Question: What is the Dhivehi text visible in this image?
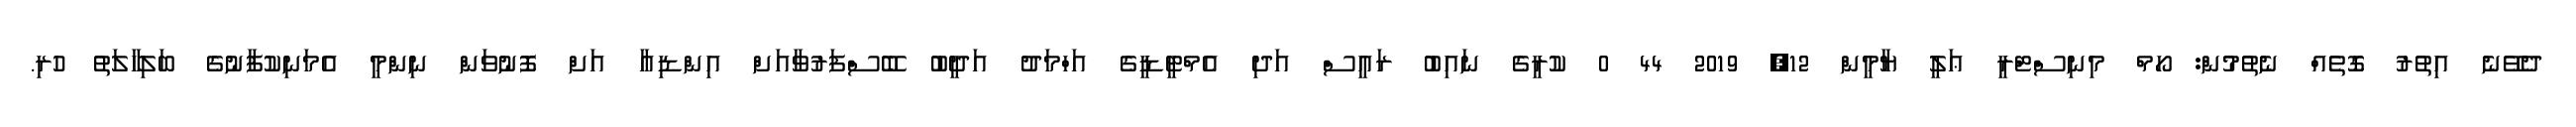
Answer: ދެވޭނެ އިތުރު ގޮތެއް ނެތުމުން: ހޯމް މިނިސްޓްރީ ޢަލީ ޔާމީން 12, 2019 44 0 ކުރީގެ ނައިބު ރައީސް އަދި އެމްޓީޑީގެ އަހްމަދު އަދީބު ބޭސްފަރުވާއަށް އިންޑިއާ އަށް ފޮނުވަން ނިންމީ އެމަނިކުފާނުގެ ބަލިހާލަތު ހުރި.